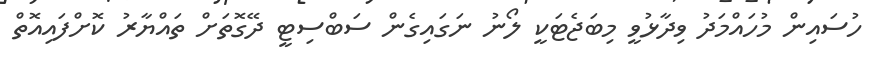
ހުސައިން މުހައްމަދު ވިދާޅުވީ މިބަޖެޓަކީ ލޯނު ނަގައިގެން ސަބްސިޓީ ދޭގޮތަށް ތައްޔާރު ކޮށްފައިއޮތް